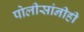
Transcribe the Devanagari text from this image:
पोलीसांनीही